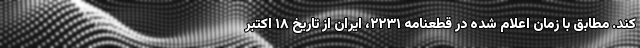
کند. مطابق با زمان اعلام شده در قطعنامه ۲۲۳۱، ایران از تاریخ ۱۸ اکتبر